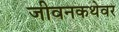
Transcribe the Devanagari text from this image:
जीवनकथेवर